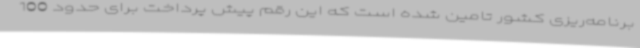
برنامه‌ریزی کشور تامین شده است که این رقم پیش پرداخت برای حدود 100